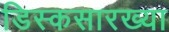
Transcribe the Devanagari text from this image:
डिस्कसारख्या